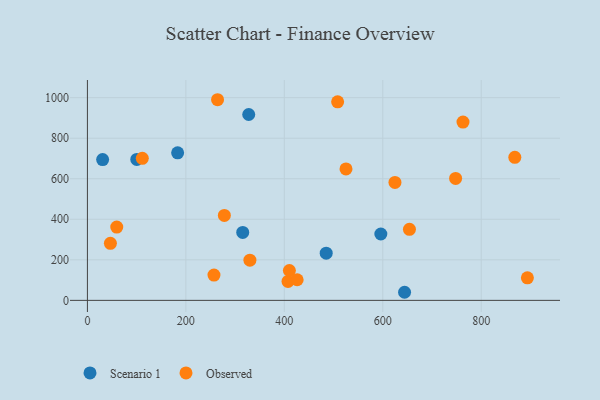
{"axis": {"x": "Distance", "y": "Fuel Efficiency"}, "legend": ["Observed", "Scenario 1"], "data": [{"x": "30.9", "y": 694.3, "type": "Scenario 1"}, {"x": "644.3", "y": 39.9, "type": "Scenario 1"}, {"x": "315.5", "y": 335.4, "type": "Scenario 1"}, {"x": "100.3", "y": 695.5, "type": "Scenario 1"}, {"x": "596.1", "y": 327.3, "type": "Scenario 1"}, {"x": "183.3", "y": 728.0, "type": "Scenario 1"}, {"x": "485.1", "y": 232.9, "type": "Scenario 1"}, {"x": "327.7", "y": 916.8, "type": "Scenario 1"}, {"x": "330.1", "y": 198.3, "type": "Observed"}, {"x": "111.5", "y": 700.6, "type": "Observed"}, {"x": "407.5", "y": 93.5, "type": "Observed"}, {"x": "508.3", "y": 979.5, "type": "Observed"}, {"x": "410.3", "y": 147.4, "type": "Observed"}, {"x": "46.7", "y": 281.4, "type": "Observed"}, {"x": "525.3", "y": 648.3, "type": "Observed"}, {"x": "59.6", "y": 361.4, "type": "Observed"}, {"x": "893.8", "y": 111.1, "type": "Observed"}, {"x": "654.2", "y": 350.6, "type": "Observed"}, {"x": "264.4", "y": 989.8, "type": "Observed"}, {"x": "624.8", "y": 582.0, "type": "Observed"}, {"x": "763.0", "y": 879.4, "type": "Observed"}, {"x": "748.0", "y": 601.6, "type": "Observed"}, {"x": "278.2", "y": 418.8, "type": "Observed"}, {"x": "257.1", "y": 124.8, "type": "Observed"}, {"x": "868.3", "y": 705.8, "type": "Observed"}, {"x": "426.1", "y": 101.6, "type": "Observed"}]}